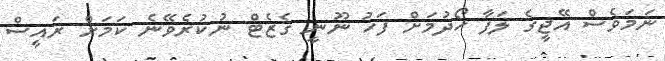
ނަމަވެސް އޭޖީގެ ލަފާ ހޯދުމަށް ފަހު ނޫނީ ގެޒެޓް ނުކުރެވޭނެ ކަމަށް ރައީސް